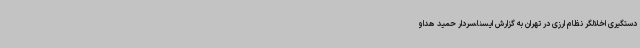
دستگیری اخلالگر نظام ارزی در تهران به گزارش ایسنا،سردار حمید هداو